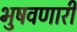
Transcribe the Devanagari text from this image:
भुषवणारी